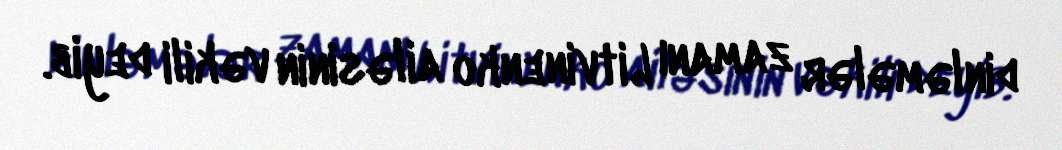
dinləmələr zamanı Litvinenko ailəsinin vəkili deyib.